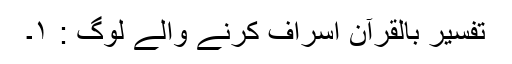
تفسیر بالقرآن اسراف کرنے والے لوگ : ١۔